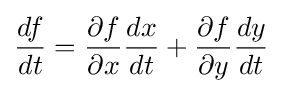
{\frac {df}{dt}}={\partial f \over \partial x}{dx \over dt}+{\partial f \over \partial y}{dy \over dt}